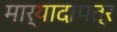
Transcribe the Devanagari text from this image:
मार्यादापत्र